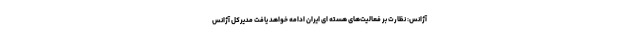
آژانس: نظارت بر فعالیت‌های هسته ای ایران ادامه خواهد یافت مدیرکل آژانس